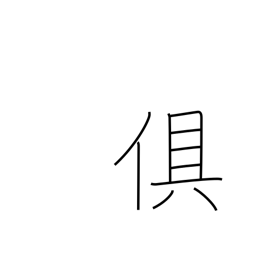
Meaning: accompany